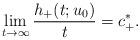
LaTeX: \begin{align*}\lim_{t\to\infty} \frac{h_+(t;u_0)}{t}=c_+^*.\end{align*}